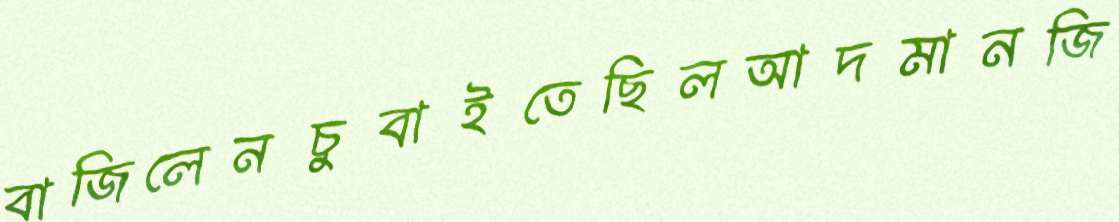
বাজিলেনচুবাইতেছিলআদমানজি